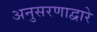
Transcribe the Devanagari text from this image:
अनुसरणाद्वारे